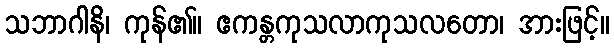
သဘာဂါနိ၊ ကုန်၏။ ဧကန္တကုသလာကုသလတော၊ အားဖြင့်။